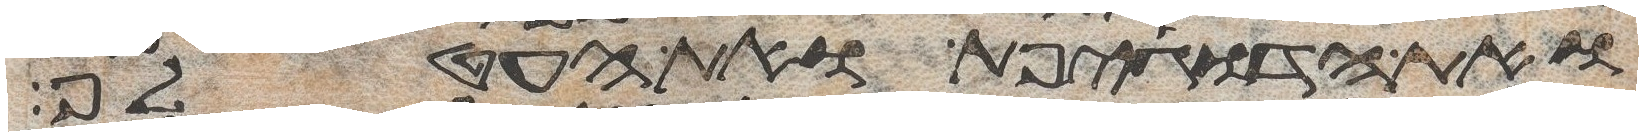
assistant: ואת הדגיפת ואת העטלף